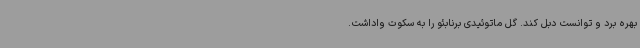
بهره برد و توانست دبل کند. گل ماتوئیدی برنابئو را به سکوت واداشت.